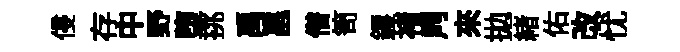
侵存中野堕挑禹邕僣笥钁褚𪔂來拋緖佑改忧